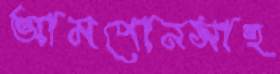
আমপোনসাহ